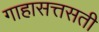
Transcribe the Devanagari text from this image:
गाहासत्तसती